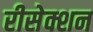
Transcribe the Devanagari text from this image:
रीसेक्शन